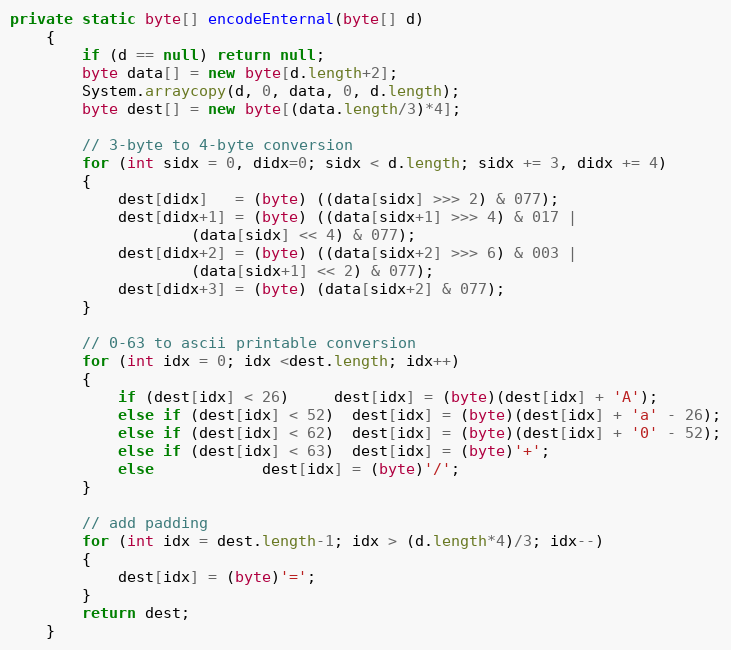
Language: Java
private static byte[] encodeEnternal(byte[] d)
    {
        if (d == null) return null;
        byte data[] = new byte[d.length+2];
        System.arraycopy(d, 0, data, 0, d.length);
        byte dest[] = new byte[(data.length/3)*4];

        // 3-byte to 4-byte conversion
        for (int sidx = 0, didx=0; sidx < d.length; sidx += 3, didx += 4)
        {
            dest[didx]   = (byte) ((data[sidx] >>> 2) & 077);
            dest[didx+1] = (byte) ((data[sidx+1] >>> 4) & 017 |
                    (data[sidx] << 4) & 077);
            dest[didx+2] = (byte) ((data[sidx+2] >>> 6) & 003 |
                    (data[sidx+1] << 2) & 077);
            dest[didx+3] = (byte) (data[sidx+2] & 077);
        }

        // 0-63 to ascii printable conversion
        for (int idx = 0; idx <dest.length; idx++)
        {
            if (dest[idx] < 26)     dest[idx] = (byte)(dest[idx] + 'A');
            else if (dest[idx] < 52)  dest[idx] = (byte)(dest[idx] + 'a' - 26);
            else if (dest[idx] < 62)  dest[idx] = (byte)(dest[idx] + '0' - 52);
            else if (dest[idx] < 63)  dest[idx] = (byte)'+';
            else            dest[idx] = (byte)'/';
        }

        // add padding
        for (int idx = dest.length-1; idx > (d.length*4)/3; idx--)
        {
            dest[idx] = (byte)'=';
        }
        return dest;
    }